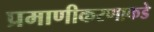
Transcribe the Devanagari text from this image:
प्रमाणीकरणाकडे